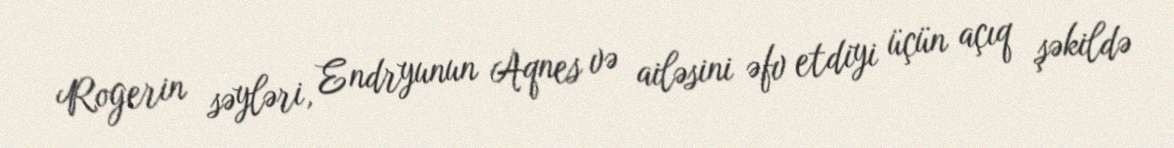
Rogerin səyləri, Endryunun Aqnes və ailəsini əfv etdiyi üçün açıq şəkildə